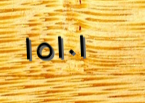
١٥١٠١